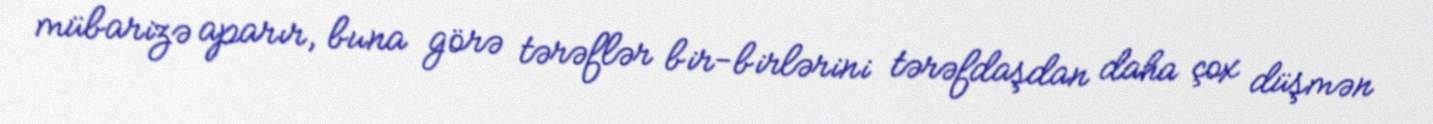
mübarizə aparır, buna görə tərəflər bir-birlərini tərəfdaşdan daha çox düşmən